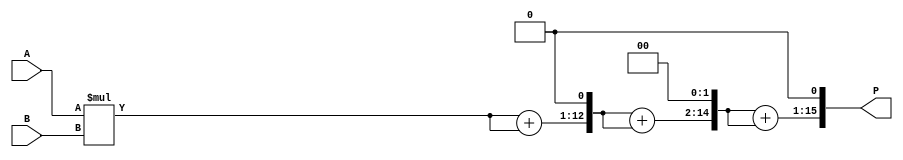
module dadda_multiplier (
    input [7:0] A,
    input [7:0] B,
    output reg [15:0] P
);

wire [15:0] PP [3:0];
wire [15:0] S [3:0];

assign PP[0] = A * B;
assign {S[0], PP[1]} = {PP[0][0], PP[0]} + {PP[0][0], PP[0]} << 1;
assign {S[1], PP[2]} = {PP[1][0], PP[1]} + {PP[1][0], PP[1]} << 2;
assign {S[2], P} = {PP[2][0], PP[2]} + {PP[2][0], PP[2]} << 1;

endmodule